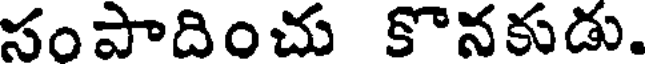
సంపాదించు కొనకుడు.